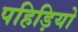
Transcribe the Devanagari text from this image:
पहिड़ियो